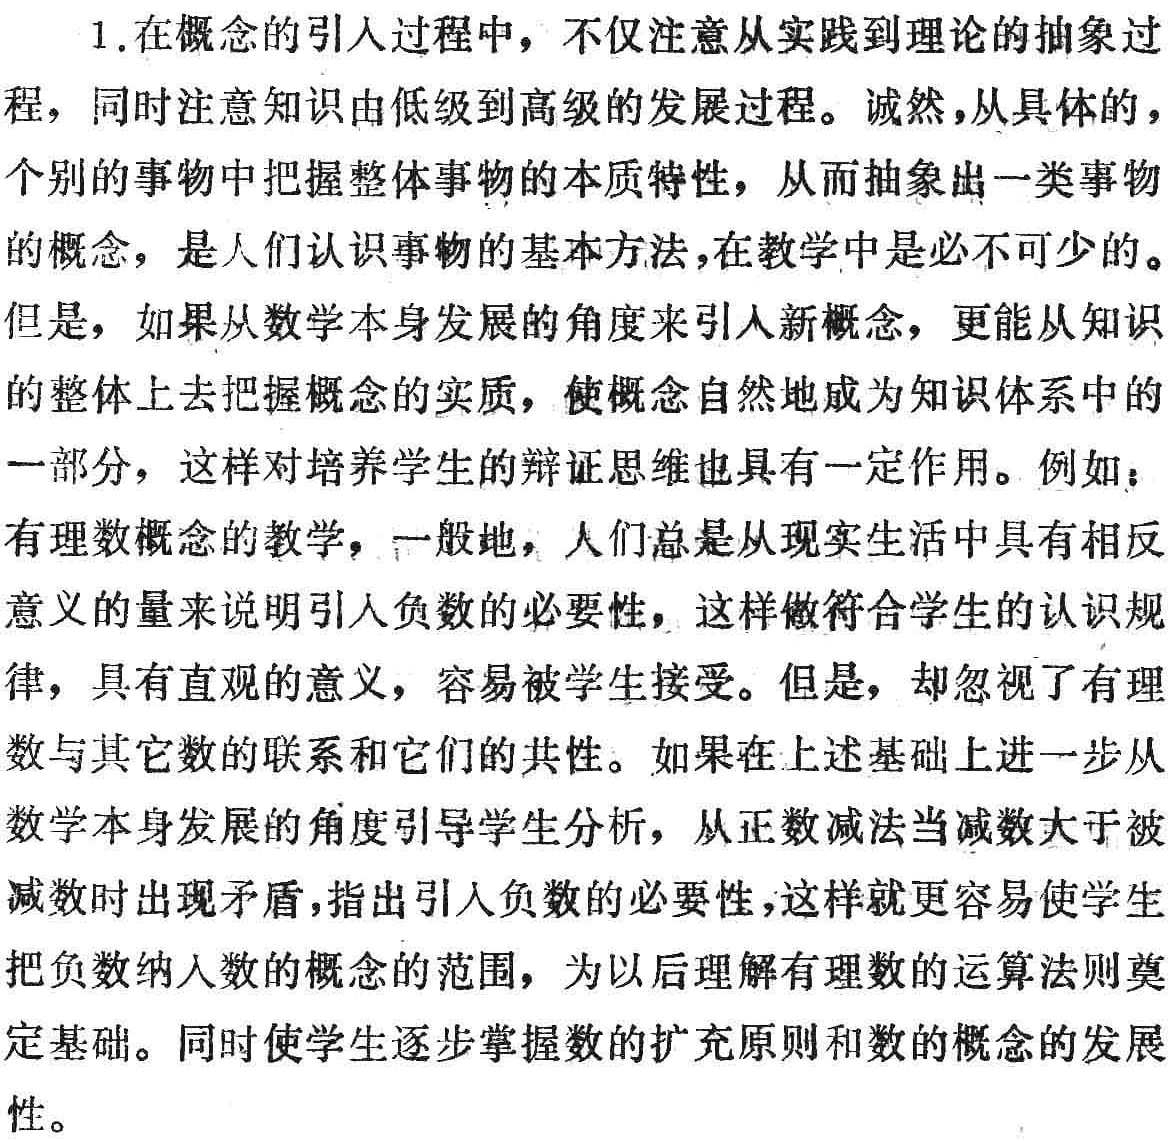
1.在概念的引入过程中，不仅注意从实践到理论的抽象过程，同时注意知识由低级到高级的发展过程。诚然，从具体的，个别的事物中把握整体事物的本质特性，从而抽象出一类事物的概念，是人们认识事物的基本方法，在教学中是必不可少的。但是，如果从数学本身发展的角度来引人新概念，更能从知识的整体上去把握概念的实质，使概念自然地成为知识体系中的一部分，这样对培养学生的辩证思维也具有一定作用。例如：有理数概念的教学，一般地，人们总是从现实生活中具有相反意义的量来说明引人负数的必要性，这样做符合学生的认识规律，具有直观的意义，容易被学生接受。但是，却忽视了有理数与其它数的联系和它们的共性。如果在上述基础上进一步从数学本身发展的角度引导学生分析，从正数减法当减数大于被减数时出现矛盾，指出引人负数的必要性，这样就更容易使学生把负数纳入数的概念的范围，为以后理解有理数的运算法则奠定基础。同时使学生逐步掌握数的扩充原则和数的概念的发展性。